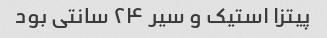
پیتزا استیک و سیر ۲۴ سانتی بود